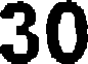
30